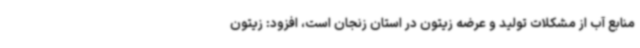
منابع آب از مشکلات تولید و عرضه زیتون در استان زنجان است، افزود: زیتون